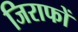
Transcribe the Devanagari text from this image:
जिराफों